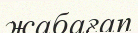
жабағап